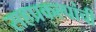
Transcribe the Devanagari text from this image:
सहप्रकल्पांची